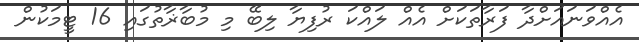
އެއްވަނައަށްދާ ފަރާތަކަށް އެއް ލައްކަ ރުފިޔާ ލިބޭ މި މުބާޜާތުގައި 16 ޓީމަކުން